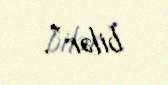
bilər”.